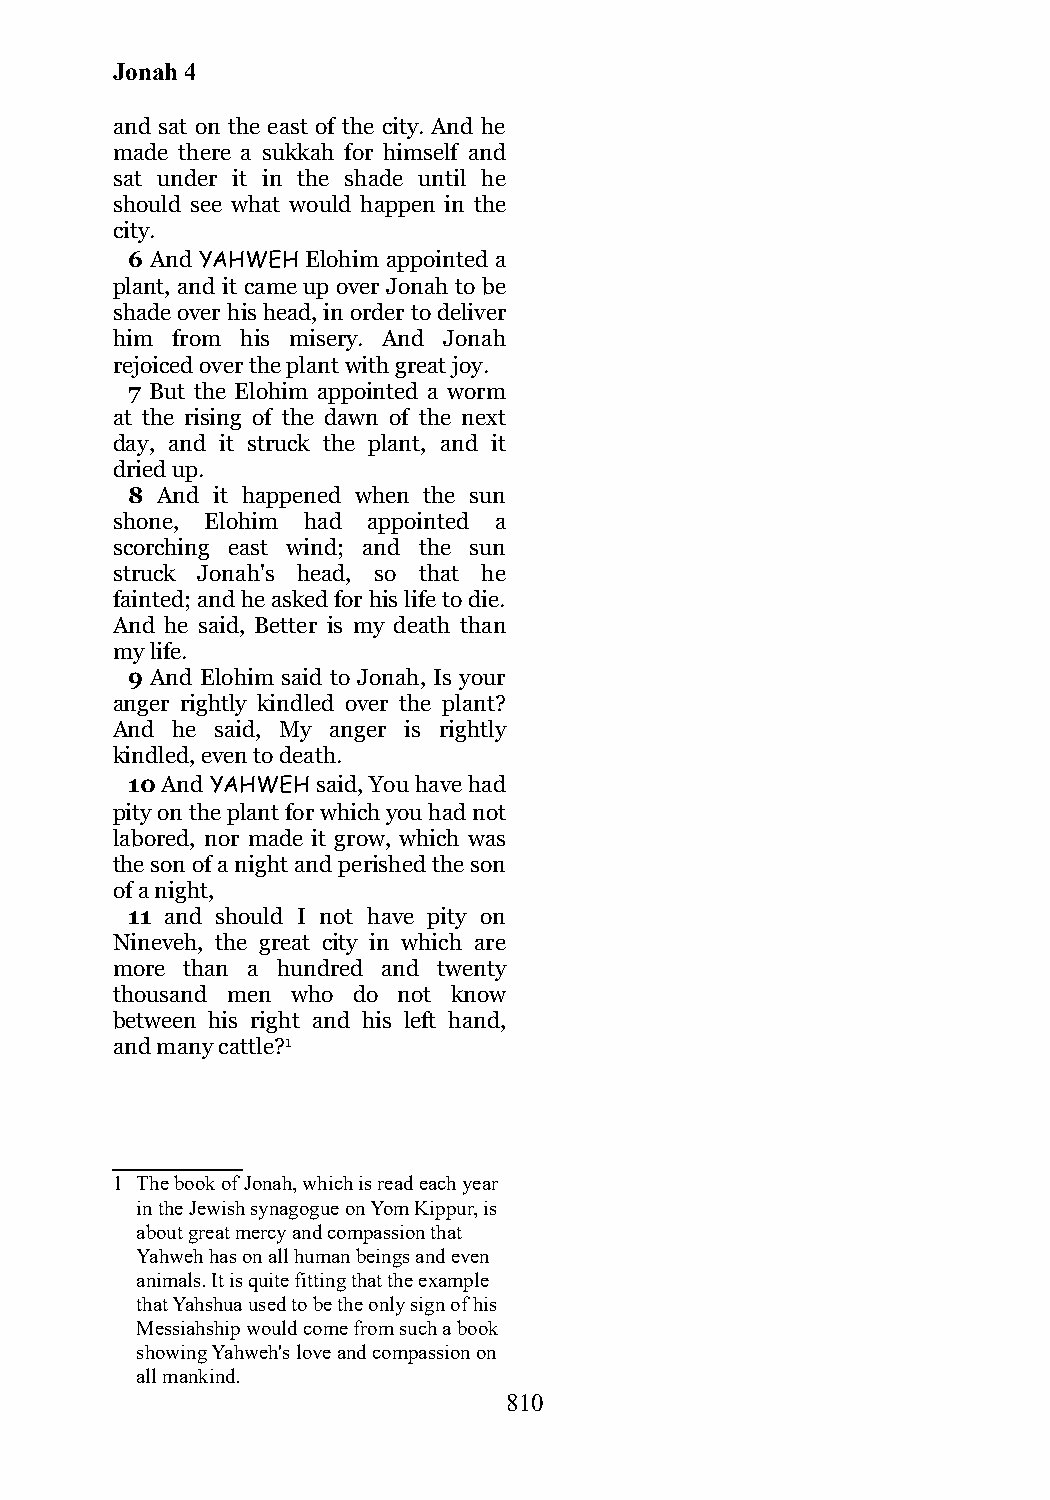
Jonah 4
 and sat on the east of the city. And he
 made there a sukkah for himself and
 sat under it in the shade until he
 should see what would happen in the
 city.
 6 And YAHWEH Elohim appointed a
 plant, and it came up over Jonah to be
 shade over his head, in order to deliver
 him from his misery. And Jonah
 rejoiced over the plant with great joy.
 7 But the Elohim appointed a worm
 at the rising of the dawn of the next
 day, and it struck the plant, and it
 dried up.
 8 And it happened when the sun
 shone, Elohim had appointed a
 scorching east wind; and the sun
 struck Jonah's head, so that he
 fainted; and he asked for his life to die.
 And he said, Better is my death than
 my life.
 9 And Elohim said to Jonah, Is your
 anger rightly kindled over the plant?
 And he said, My anger is rightly
 kindled, even to death.
 10 And YAHWEH said, You have had
 pity on the plant for which you had not
 labored, nor made it grow, which was
 the son of a night and perished the son
 of a night,
 11 and should I not have pity on
 Nineveh, the great city in which are
 more than a hundred and twenty
 thousand men who do not know
 between his right and his left hand,
 and many cattle?1
 1 The book of Jonah, which is read each year
 in the Jewish synagogue on Yom Kippur, is
 about great mercy and compassion that
 Yahweh has on all human beings and even
 animals. It is quite fitting that the example
 that Yahshua used to be the only sign of his
 Messiahship would come from such a book
 showing Yahweh's love and compassion on
 all mankind.
 810